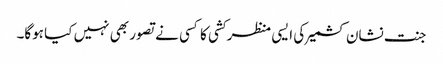
جنت نشان کشمیر کی ایسی منظر کشی کا کسی نے تصور بھی نہیں کیا ہوگا۔